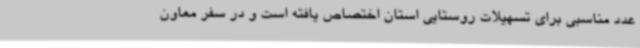
عدد مناسبی برای تسهیلات روستایی استان اختصاص یافته است و در سفر معاون